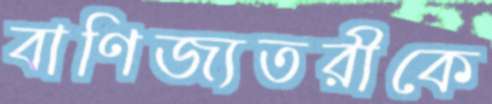
বাণিজ্যতরীকে